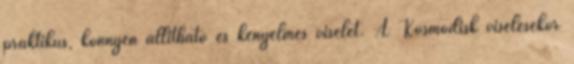
praktikus, könnyen állítható és kényelmes viselet. A Kosmodisk viselésekor